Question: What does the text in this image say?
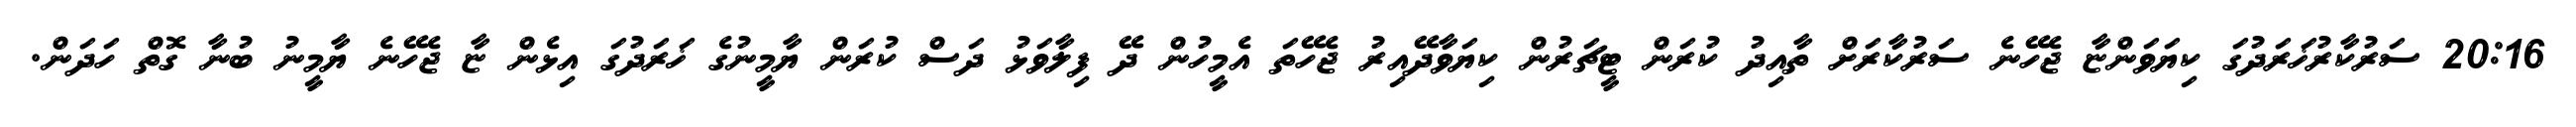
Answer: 20:16 ސަރުކާރުޚަރަދުގަ ކިޔަވަންޏާ ޖެހޭނެ ސަރުކާރަށް ތާއިދު ކުރަން ޓީޗަރުން ކިޔަވާދޭއިރު ޖެހޭތަ އެމީހުން ދޭ ފިލާވަޅު ދަސް ކުރަން ޔާމީނުގެ ޚަރަދުގަ އިޅެން ޏާ ޖެހޭނެ ޔާމީނު ބުނާ ގޮތް ހަދަން.